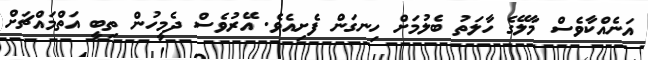
އަނެއްކާވެސް މާލޭގެ ހާލަތު ބެލުމަށް ހިނގަން ފެށިއެވެ. އޭރުވެސް ދެމީހުން ތިބީ އަތްމައްޗަށް